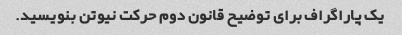
یک پاراگراف برای توضیح قانون دوم حرکت نیوتن بنویسید.